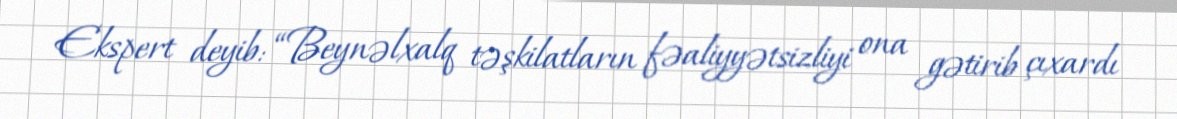
Ekspert deyib: “Beynəlxalq təşkilatların fəaliyyətsizliyi ona gətirib çıxardı